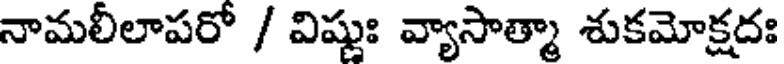
నామలీలాపరో / విష్ణుః వ్యాసాత్మా శుకమోక్షదః